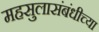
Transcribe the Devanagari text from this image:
महसुलासंबंधीच्या